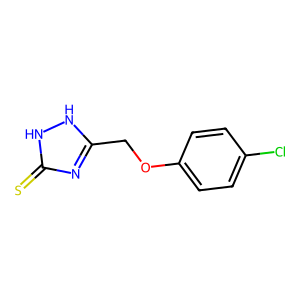
SMILES: S=c1nc(COc2ccc(Cl)cc2)[nH][nH]1
Inhibits HIV replication: No